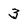
Character: 3